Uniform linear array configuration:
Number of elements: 12
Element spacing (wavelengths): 0.75
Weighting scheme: binomial
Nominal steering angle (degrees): -45
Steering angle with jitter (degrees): -43.937
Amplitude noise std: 0.05
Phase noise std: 0.05

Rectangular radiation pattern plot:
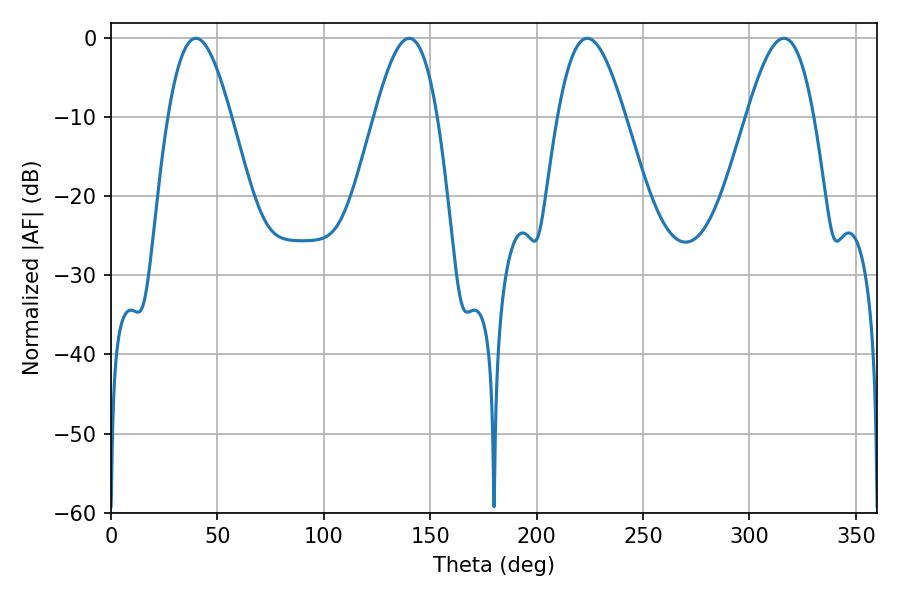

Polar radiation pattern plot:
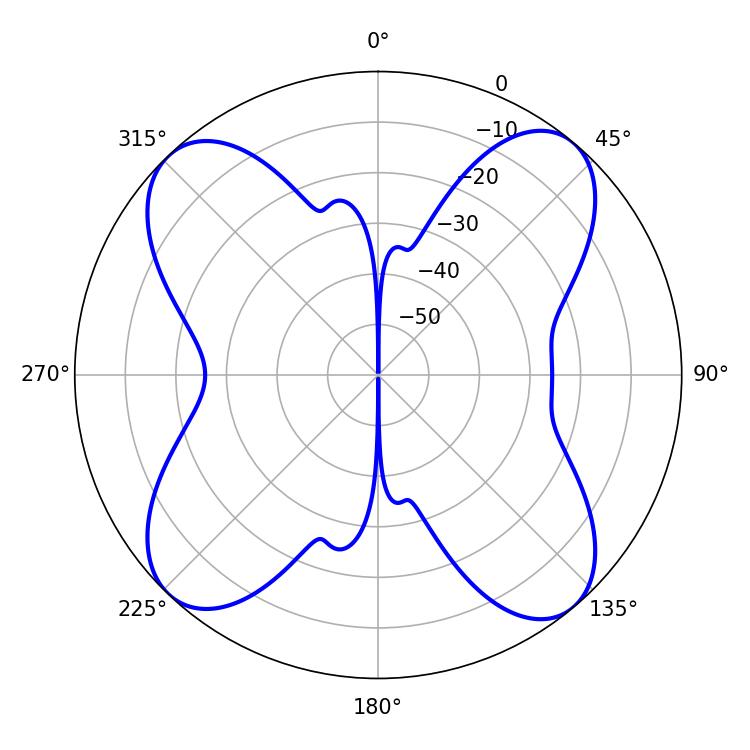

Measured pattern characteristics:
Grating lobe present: TRUE
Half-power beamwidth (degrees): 17.1
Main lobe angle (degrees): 223.74